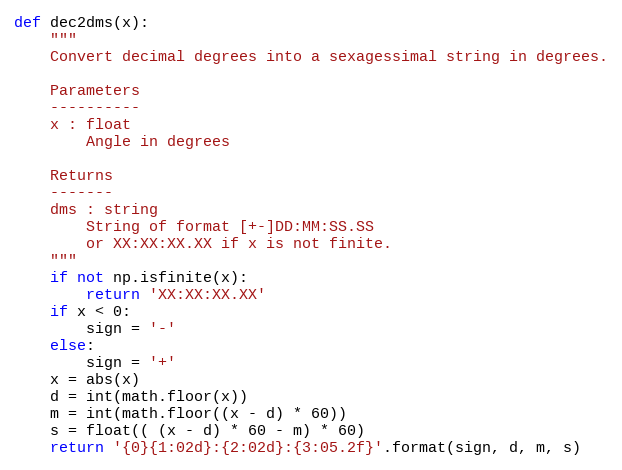
Language: Python
def dec2dms(x):
    """
    Convert decimal degrees into a sexagessimal string in degrees.

    Parameters
    ----------
    x : float
        Angle in degrees

    Returns
    -------
    dms : string
        String of format [+-]DD:MM:SS.SS
        or XX:XX:XX.XX if x is not finite.
    """
    if not np.isfinite(x):
        return 'XX:XX:XX.XX'
    if x < 0:
        sign = '-'
    else:
        sign = '+'
    x = abs(x)
    d = int(math.floor(x))
    m = int(math.floor((x - d) * 60))
    s = float(( (x - d) * 60 - m) * 60)
    return '{0}{1:02d}:{2:02d}:{3:05.2f}'.format(sign, d, m, s)